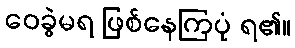
ဝေခွဲမရ ဖြစ်နေကြပုံ ရ၏။